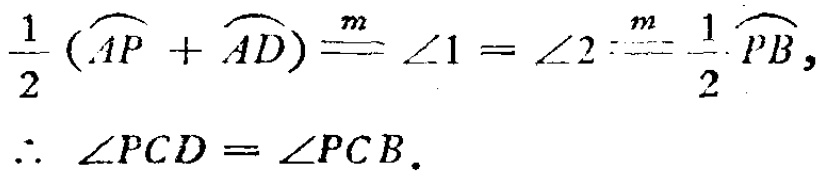
\(\frac{1}{2}(\overset{\frown}{AP} + \overset{\frown}{AD})\overset{m}{=}\angle1=\angle2\overset{m}{=}\frac{1}{2}\overset{\frown}{PB},\)
\(\therefore \angle PCD = \angle PCB.\)